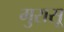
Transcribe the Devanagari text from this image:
मुरासू